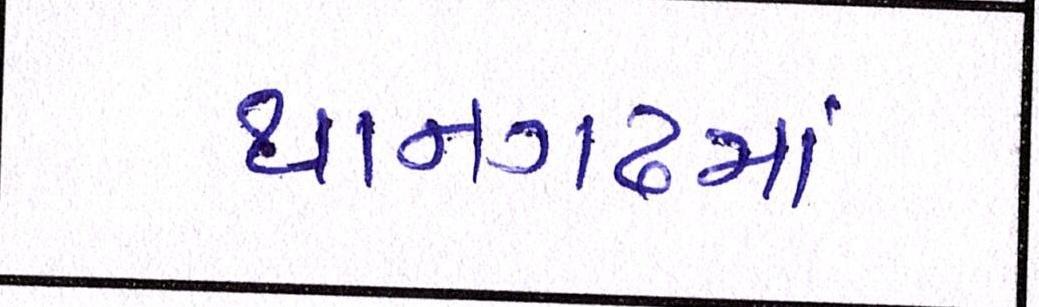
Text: થાનગઢમાં